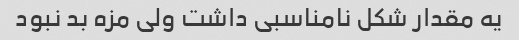
یه مقدار شکل نامناسبی داشت ولی مزه بد نبود